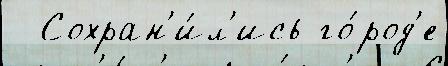
  Сохран'и́л'ись го́род'е